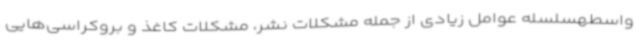
واسطهسلسله عوامل زیادی از جمله مشکلات نشر، مشکلات کاغذ و بروکراسی‌هایی